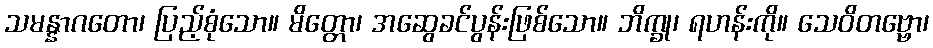
သမန္နာဂတော၊ ပြည့်စုံသော။ မိတ္တော၊ အဆွေခင်ပွန်းဖြစ်သော။ ဘိက္ခု၊ ရဟန်းကို။ သေဝိတဗ္ဗော၊